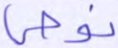
نوحي